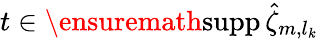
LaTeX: t\in\ensuremath{\mathrm{supp\, }}\hat{\zeta}_{m,l_{k}}